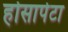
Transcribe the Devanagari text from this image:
होसापेटा